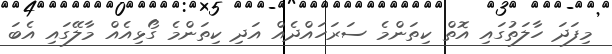
މިފަދަ ހާލަތުގައި އޮތް ކިތަންމެ ސަރަހައްދެއް އަދި ކިތަންމެ ގޯޅިއެއް މާލޭގައި އެބަ